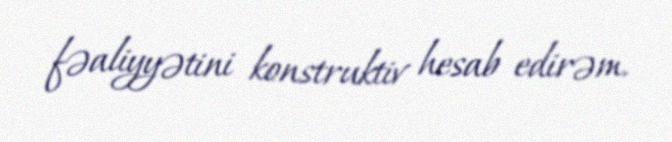
fəaliyyətini konstruktiv hesab edirəm.